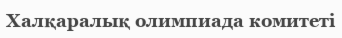
Халқаралық олимпиада комитеті